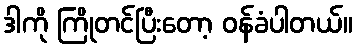
ဒါကို ကြိုတင်ပြီးတော့ ဝန်ခံပါတယ်။